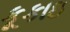
કૂકાઇ